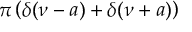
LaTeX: \pi \left( \delta ( \nu - a ) + \delta ( \nu + a ) \right)